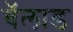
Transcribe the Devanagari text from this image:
बॅलाड